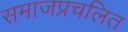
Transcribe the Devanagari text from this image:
समाजप्रचलित